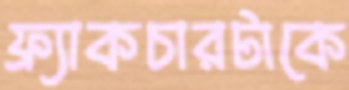
ফ্র্যাকচারটাকে